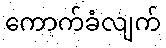
ကောက်ခံလျက်